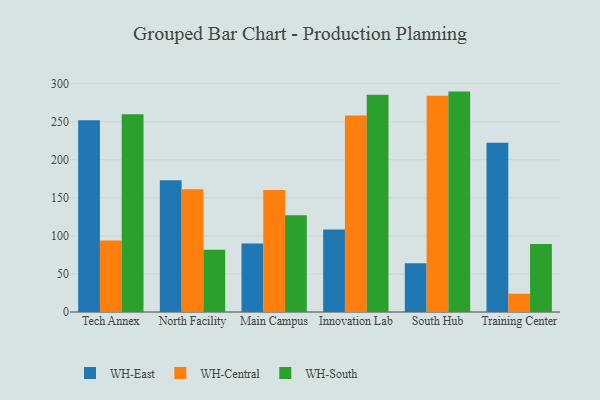
{"axis": {"x": "Campus", "y": "LTV (USD)"}, "legend": ["WH-Central", "WH-East", "WH-South"], "data": [{"x": "Tech Annex", "y": 251.9, "type": "WH-East"}, {"x": "Tech Annex", "y": 93.8, "type": "WH-Central"}, {"x": "Tech Annex", "y": 259.8, "type": "WH-South"}, {"x": "North Facility", "y": 173.0, "type": "WH-East"}, {"x": "North Facility", "y": 161.3, "type": "WH-Central"}, {"x": "North Facility", "y": 81.7, "type": "WH-South"}, {"x": "Main Campus", "y": 90.0, "type": "WH-East"}, {"x": "Main Campus", "y": 160.4, "type": "WH-Central"}, {"x": "Main Campus", "y": 127.2, "type": "WH-South"}, {"x": "Innovation Lab", "y": 108.3, "type": "WH-East"}, {"x": "Innovation Lab", "y": 258.3, "type": "WH-Central"}, {"x": "Innovation Lab", "y": 285.3, "type": "WH-South"}, {"x": "South Hub", "y": 63.9, "type": "WH-East"}, {"x": "South Hub", "y": 284.0, "type": "WH-Central"}, {"x": "South Hub", "y": 289.6, "type": "WH-South"}, {"x": "Training Center", "y": 222.3, "type": "WH-East"}, {"x": "Training Center", "y": 24.0, "type": "WH-Central"}, {"x": "Training Center", "y": 89.5, "type": "WH-South"}]}